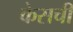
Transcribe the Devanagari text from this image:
केसची